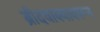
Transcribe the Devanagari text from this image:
ब्रीदवाक्यावरून